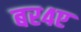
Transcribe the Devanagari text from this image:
बर४ए